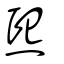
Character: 㷩